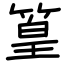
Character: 篁